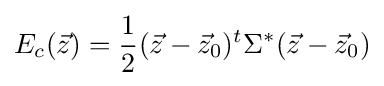
E_{c}({\vec {z}})={\frac {1}{2}}({\vec {z}}-{\vec {z}}_{0})^{t}\Sigma ^{*}({\vec {z}}-{\vec {z}}_{0})